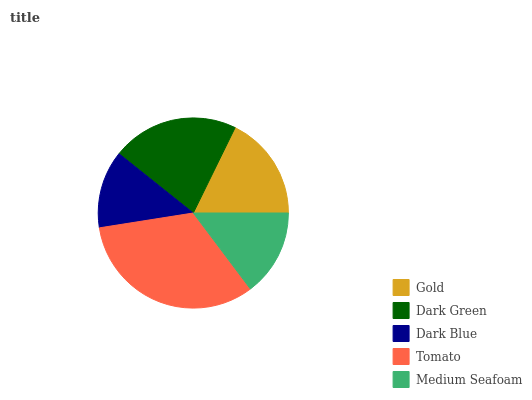
| Gold | Dark Green | Dark Blue | Tomato | Medium Seafoam |
 | --- | --- | --- | --- | --- |
 | 17.8% | 21.5% | 13.2% | 32.8% | 14.7% |